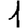
Digit: 1